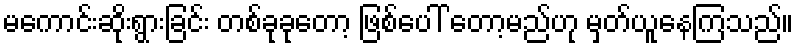
မကောင်းဆိုးရွားခြင်း တစ်ခုခုတော့ ဖြစ်ပေါ် တော့မည်ဟု မှတ်ယူနေကြသည်။